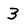
Character: 3